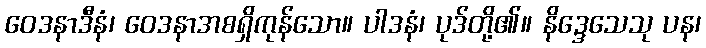
ဝေဒနာဒီနံ၊ ဝေဒနာအစရှိကုန်သော။ ပါဒနံ၊ ပုဒ်တို့၏။ နိဒ္ဒေသေသု ပန၊